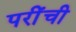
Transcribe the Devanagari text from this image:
परींची